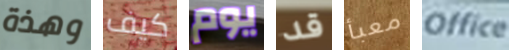
وهذة كيف يوم قد معبأ Office